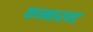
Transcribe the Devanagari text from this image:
कन्करन्ट